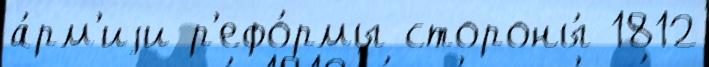
а́рм'иjи р'ефо́рмы стороны́ 1812